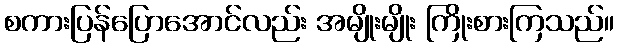
စကားပြန်ပြောအောင်လည်း အမျိုးမျိုး ကြိုးစားကြသည်။